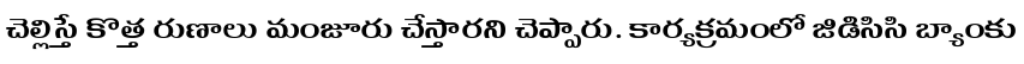
చెల్లిస్తే కొత్త రుణాలు మంజూరు చేస్తారని చెప్పారు. కార్యక్రమంలో జిడిసిసి బ్యాంకు